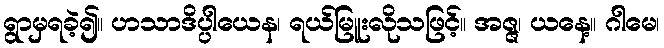
ရွာမှရခဲ့၍။ ဟသာဒိပ္ပါယေန၊ ရယ်မြူးလိုသဖြင့်။ အဇ္ဇ၊ ယနေ့။ ဂါမေ၊